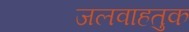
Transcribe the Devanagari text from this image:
जलवाहतुक